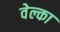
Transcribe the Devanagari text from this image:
वेल्का